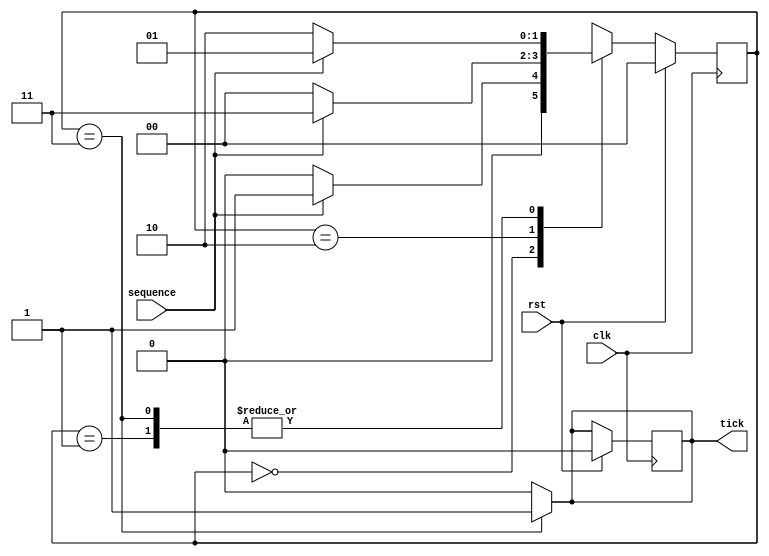
`timescale 1ns / 1ps
/*This design models a sequence detector using Mealy FSM.
* Whenever the sequence ....101... occurs, output goes high.
* Overlapping sequences are allowed.
*/

module checker (
input wire clk,
input wire rst,
input wire sequence ,
output reg tick
) ;

//State declarations
localparam a = 2'b00 ;
localparam b = 2'b01 ;
localparam c = 2'b10 ;
localparam d = 2'b11 ;

//Signals
reg [1:0] presentState ;
reg [1:0] nextState ;

//State assignments
always @ (posedge clk)
begin
if(rst)     begin presentState <= a ; tick = 1'b0 ; end
else  presentState <= nextState ;
end



always @(presentState or sequence)
begin

case(presentState)
    a : begin if (sequence)   nextState = b ;  else nextState = a; end
    b : begin if (~sequence)  nextState = c ;  else nextState = b; end
    c : begin if (sequence)   nextState = d ;  else nextState = a; end
    d : begin if(sequence)    nextState = b ;  else nextState = c ;end
	
endcase

if (presentState==d)	tick = 1'b1; else tick = 1'b0; 


end
endmodule